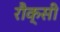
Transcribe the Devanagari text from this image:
रौक्सी